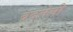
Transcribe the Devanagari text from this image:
बदलेली